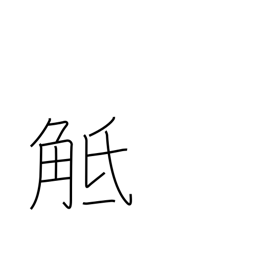
Meaning: collide with